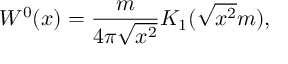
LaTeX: W ^ { 0 } ( x ) = { \frac { m } { 4 \pi \sqrt { x ^ { 2 } } } } K _ { 1 } ( \sqrt { x ^ { 2 } } m ) ,